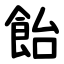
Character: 飴